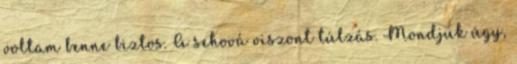
voltam benne biztos. A sehová viszont túlzás. Mondjuk úgy,